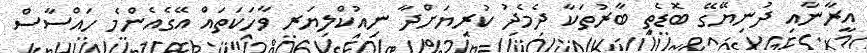
އީރާނާއި ދުނިޔޭގޭ ބޮޑެތި ބާރުތަކާ ދެމެދު ކުރިޔަށްދާ ނިއުކްލިޔަރ ވާހަކަތައް އޭގެއެންމެ ހައްސާސް